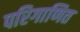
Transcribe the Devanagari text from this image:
परिगाणित